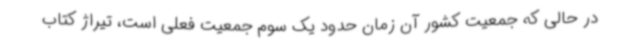
در حالی که جمعیت کشور آن زمان حدود یک سوم جمعیت فعلی است، تیراژ کتاب